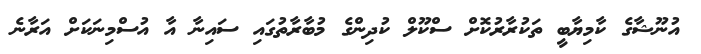
އުނޫޝާގެ ކާމިޔާބީ ތަކުރާރުކޮށް ސްކޫލް ކުދިންގެ މުބާރާތުގައި ސައިނާ އާ އުސްމިނަކަށް އަރާނެ